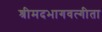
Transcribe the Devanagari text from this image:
श्रीमदभागवत्गीता